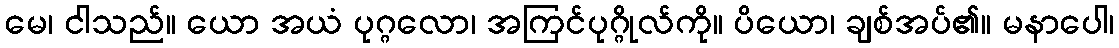
မေ၊ ငါသည်။ ယော အယံ ပုဂ္ဂလော၊ အကြင်ပုဂ္ဂိုလ်ကို။ ပိယော၊ ချစ်အပ်၏။ မနာပေါ၊